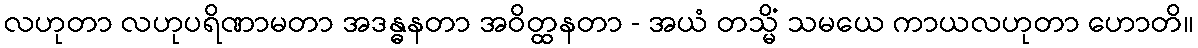
လဟုတာ လဟုပရိဏာမတာ အဒန္ဓနတာ အဝိတ္ထနတာ - အယံ တသ္မိံ သမယေ ကာယလဟုတာ ဟောတိ။